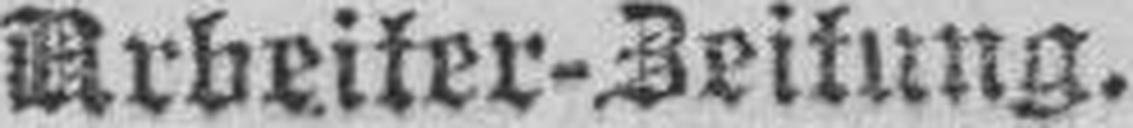
Arbeiter-Zeitung.